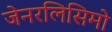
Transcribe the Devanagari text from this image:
जेनरलिसिमो